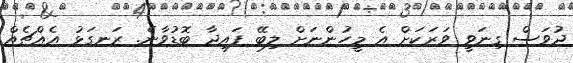
ދުވަސް ގިނަވީ ވަރަކަށް އެ މީހުންނަށް ލިބޭ ފައިދާ ބޮޑުވާނެ. ރަނގަޅު އެއްޗެއް